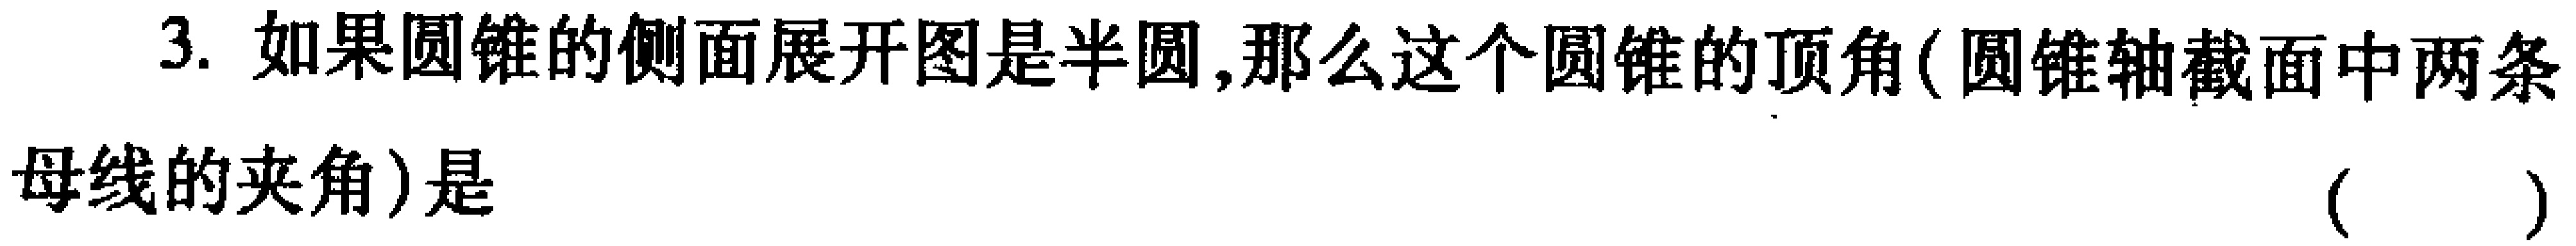
3. 如果圆锥的侧面展开图是半圆,那么这个圆锥的顶角(圆锥轴截面中两条
母线的夹角)是 （  ）